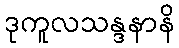
ဒုကူလသန္ဒနာနိ